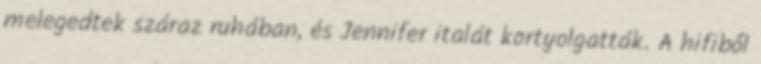
melegedtek száraz ruhában, és Jennifer italát kortyolgatták. A hifiből